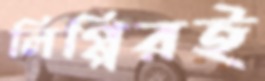
লিপ্পিরই